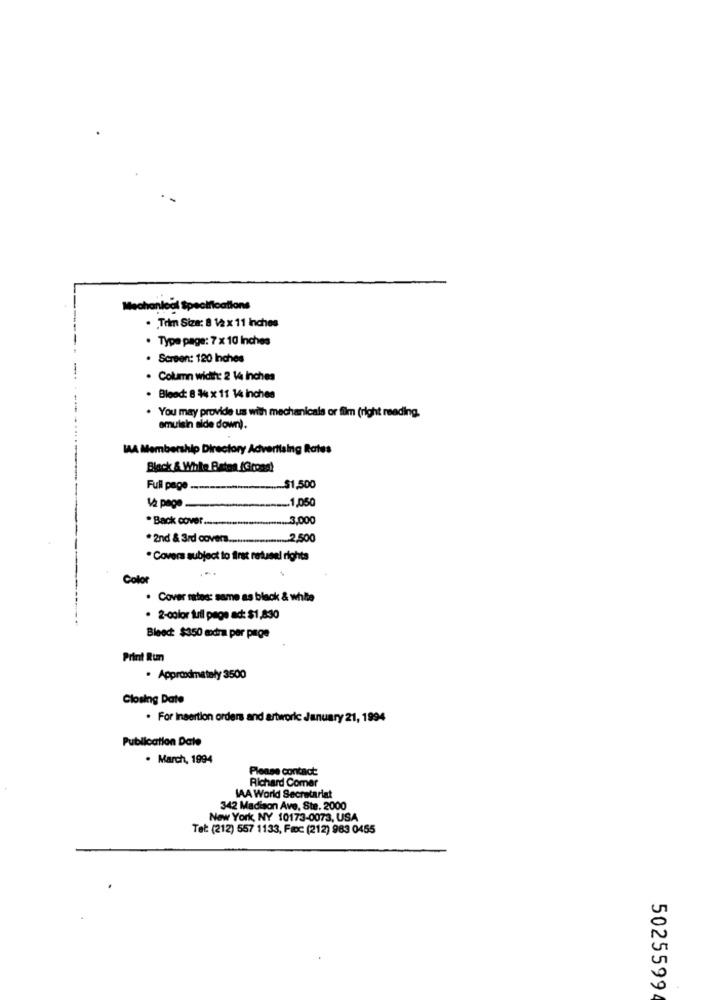
Mechanical Specifications
· Tem Siza: 8 12 x 11 Inches
. Type page: 7 x 10 Inches
. Screen: 120 Inches
. Column width: 2 14 inches
. Blood: 8 % x 11 14 inches
. You may provide us with mechanicals or film (right reading.
emulsin side down).
MAA Membership Directory Advertising Rates
Black & White Baten (Gross!
Full page -----------........... $1,500
· Back cover ................................ 3,000
* 2nd & 3rd covers ....
................. 2,500
* Covers subject to first retusel rights
Color
· Cover ratoe: same as black & white
· 2-color tull page ac: $1,830
Bleed: $350 extra per page
Print Run
· Approdmstały 3500
Closing Date
. For Insertion orders and artworkc January 21, 1994
Publication Date
. March, 1994
Please contact
Richard Comer
IAA World Secretariat
342 Madison Ave, Ste. 2000
New York, NY 10173-0073, USA
Tel: (212) 557 1133, Fac (212) 983 0455
5025599